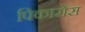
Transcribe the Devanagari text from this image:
पिकारोस